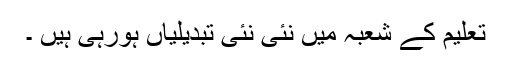
تعلیم کے شعبہ میں نئی نئی تبدیلیاں ہورہی ہیں ۔